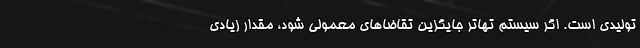
تولیدی است. اگر سیستم تهاتر جایگزین تقاضاهای معمولی شود، مقدار زیادی